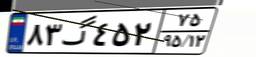
۸۳گ۴۵۲۷۵